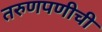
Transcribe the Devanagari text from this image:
तरुणपणीची